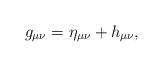
LaTeX: \begin{align*}g_{\mu \nu }=\eta _{\mu \nu }+h_{\mu \nu }, \end{align*}